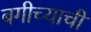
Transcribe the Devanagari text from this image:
बगीच्याची